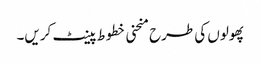
پھولوں کی طرح منحنی خطوط پینٹ کریں۔